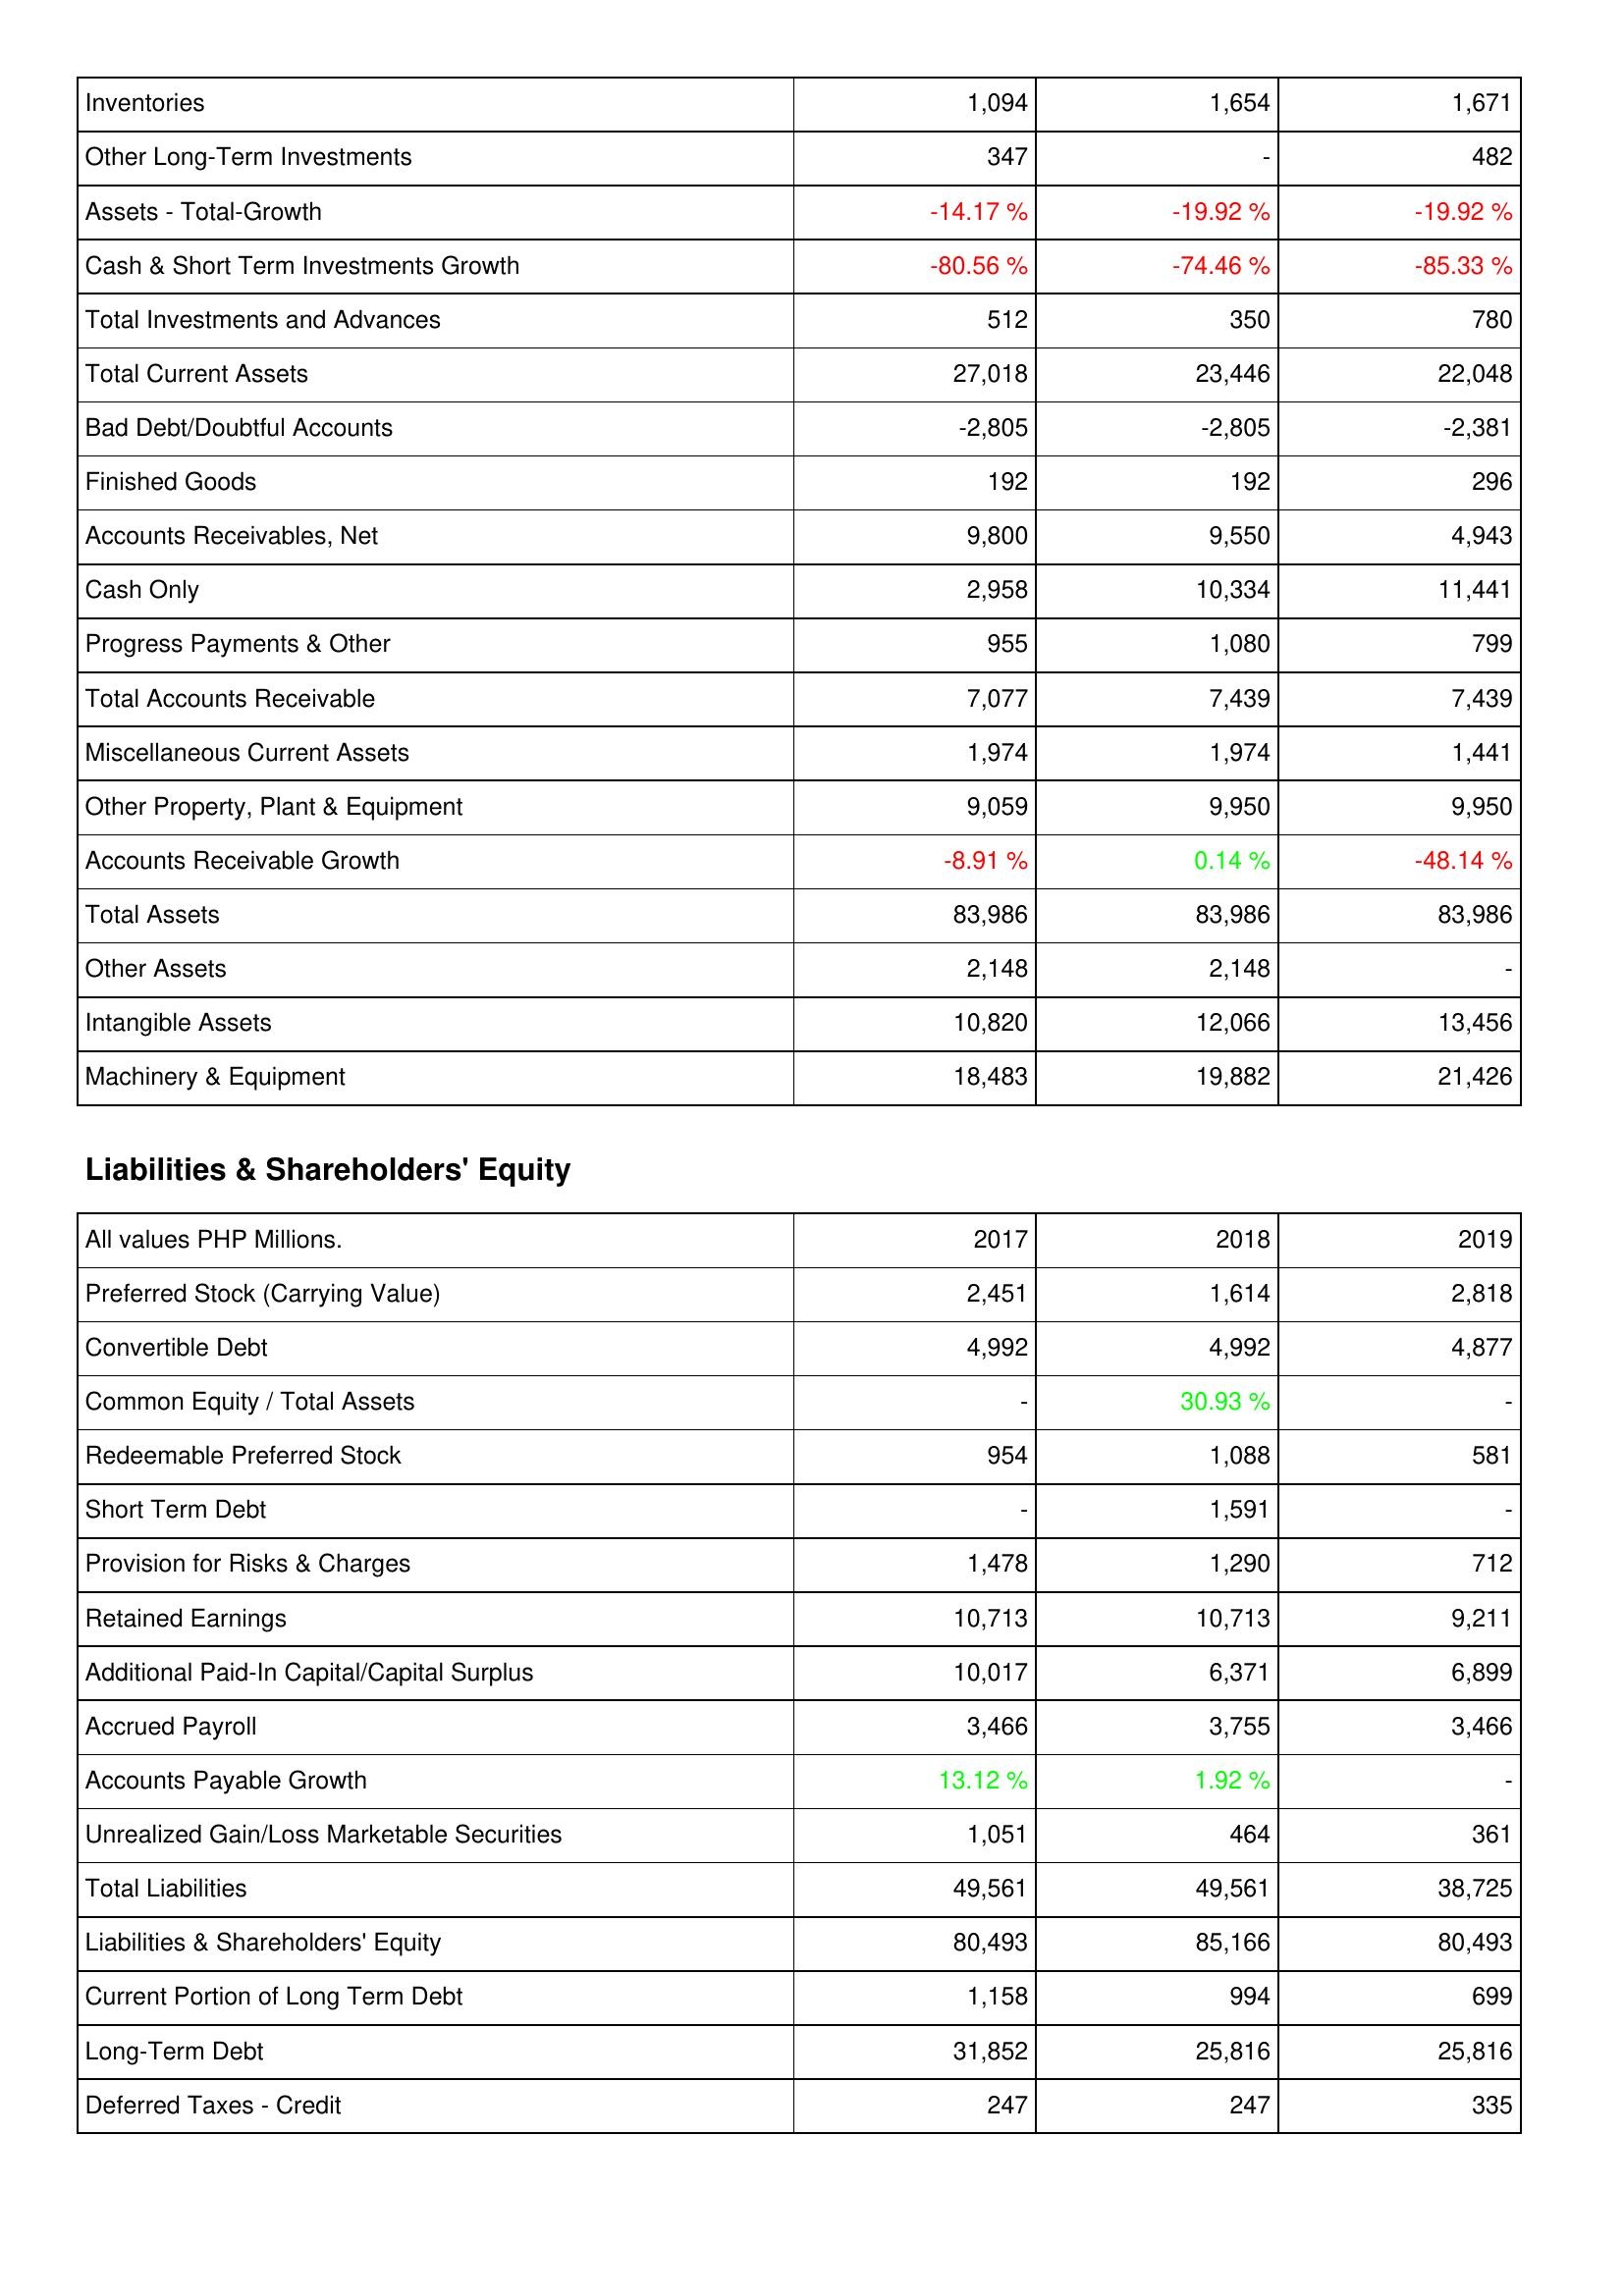
2017: Assets: Inventories: 1,094
Other Long-Term Investments: 347
Assets - Total-Growth: -14.17 %
Cash & Short Term Investments Growth: -80.56 %
Total Investments and Advances: 512
Total Current Assets: 27,018
Bad Debt/Doubtful Accounts: -2,805
Finished Goods: 192
Accounts Receivables, Net: 9,800
Cash Only: 2,958
Progress Payments & Other: 955
Total Accounts Receivable: 7,077
Miscellaneous Current Assets: 1,974
Other Property, Plant & Equipment: 9,059
Accounts Receivable Growth: -8.91 %
Total Assets: 83,986
Other Assets: 2,148
Intangible Assets: 10,820
Machinery & Equipment: 18,483
Liabilities & Shareholders' Equity: Preferred Stock (Carrying Value): 2,451
Convertible Debt: 4,992
Common Equity / Total Assets: -
Redeemable Preferred Stock: 954
Short Term Debt: -
Provision for Risks & Charges: 1,478
Retained Earnings: 10,713
Additional Paid-In Capital/Capital Surplus: 10,017
Accrued Payroll: 3,466
Accounts Payable Growth: 13.12 %
Unrealized Gain/Loss Marketable Securities: 1,051
Total Liabilities: 49,561
Liabilities & Shareholders' Equity: 80,493
Current Portion of Long Term Debt: 1,158
Long-Term Debt: 31,852
Deferred Taxes - Credit: 247
2018: Assets: Inventories: 1,654
Other Long-Term Investments: -
Assets - Total-Growth: -19.92 %
Cash & Short Term Investments Growth: -74.46 %
Total Investments and Advances: 350
Total Current Assets: 23,446
Bad Debt/Doubtful Accounts: -2,805
Finished Goods: 192
Accounts Receivables, Net: 9,550
Cash Only: 10,334
Progress Payments & Other: 1,080
Total Accounts Receivable: 7,439
Miscellaneous Current Assets: 1,974
Other Property, Plant & Equipment: 9,950
Accounts Receivable Growth: 0.14 %
Total Assets: 83,986
Other Assets: 2,148
Intangible Assets: 12,066
Machinery & Equipment: 19,882
Liabilities & Shareholders' Equity: Preferred Stock (Carrying Value): 1,614
Convertible Debt: 4,992
Common Equity / Total Assets: 30.93 %
Redeemable Preferred Stock: 1,088
Short Term Debt: 1,591
Provision for Risks & Charges: 1,290
Retained Earnings: 10,713
Additional Paid-In Capital/Capital Surplus: 6,371
Accrued Payroll: 3,755
Accounts Payable Growth: 1.92 %
Unrealized Gain/Loss Marketable Securities: 464
Total Liabilities: 49,561
Liabilities & Shareholders' Equity: 85,166
Current Portion of Long Term Debt: 994
Long-Term Debt: 25,816
Deferred Taxes - Credit: 247
2019: Assets: Inventories: 1,671
Other Long-Term Investments: 482
Assets - Total-Growth: -19.92 %
Cash & Short Term Investments Growth: -85.33 %
Total Investments and Advances: 780
Total Current Assets: 22,048
Bad Debt/Doubtful Accounts: -2,381
Finished Goods: 296
Accounts Receivables, Net: 4,943
Cash Only: 11,441
Progress Payments & Other: 799
Total Accounts Receivable: 7,439
Miscellaneous Current Assets: 1,441
Other Property, Plant & Equipment: 9,950
Accounts Receivable Growth: -48.14 %
Total Assets: 83,986
Other Assets: -
Intangible Assets: 13,456
Machinery & Equipment: 21,426
Liabilities & Shareholders' Equity: Preferred Stock (Carrying Value): 2,818
Convertible Debt: 4,877
Common Equity / Total Assets: -
Redeemable Preferred Stock: 581
Short Term Debt: -
Provision for Risks & Charges: 712
Retained Earnings: 9,211
Additional Paid-In Capital/Capital Surplus: 6,899
Accrued Payroll: 3,466
Accounts Payable Growth: -
Unrealized Gain/Loss Marketable Securities: 361
Total Liabilities: 38,725
Liabilities & Shareholders' Equity: 80,493
Current Portion of Long Term Debt: 699
Long-Term Debt: 25,816
Deferred Taxes - Credit: 335